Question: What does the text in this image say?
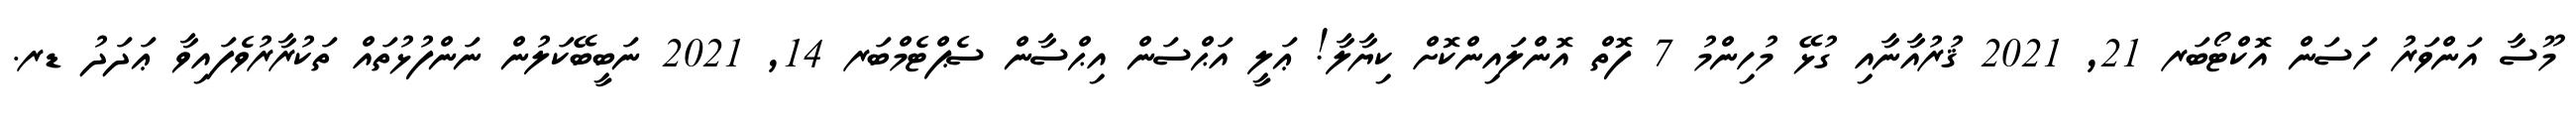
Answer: މޫސާ އަންވަރު ހަސަން އޮކްޓޯބަރ 21, 2021 ޤުރުއާނާއި ގުޅޭ މުހިންމު 7 ފޮތް އޮންލައިންކޮށް ކިޔާލާ! ޢަލީ އަޙްސަން އިޙްސާން ސެޕްޓެމްބަރ 14, 2021 ނަބީބޭކަލުން ނަންފުޅުތައް ތަކުރާރުވެފައިވާ ޢަދަދު ޑރ.